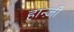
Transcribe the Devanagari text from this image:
हान्ज़ी